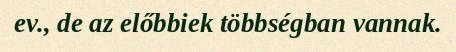
ev., de az előbbiek többségban vannak.